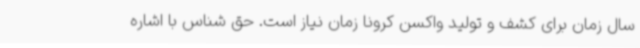
سال زمان برای کشف و تولید واکسن کرونا زمان نیاز است. حق شناس با اشاره